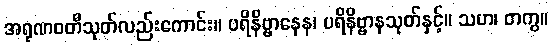
အရုဏဝတီသုတ်လည်းကောင်း။ ပရိနိဗ္ဗာနေန၊ ပရိနိဗ္ဗာနသုတ်နှင့်။ သဟ၊ တကွ။